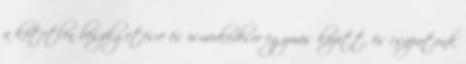
a kötetlen beszélgetésre és ismerkedésre egymás között, és csapatunk